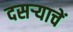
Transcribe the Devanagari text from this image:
दसर्‍याचें